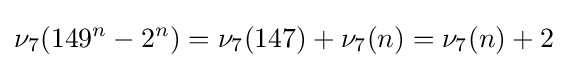
\nu _{7}(149^{n}-2^{n})=\nu _{7}(147)+\nu _{7}(n)=\nu _{7}(n)+2